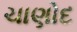
ચાણોદ